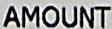
AMOUNT